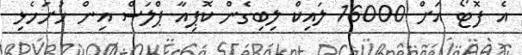
އެ ފޮޓޯ އަށް 16000 ލައިކް ލިބިގެން ކޮޕިއާ ޕްލަސް އިން ހުށަހެޅި